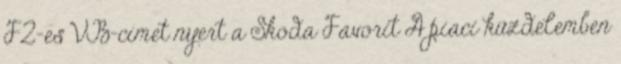
F2-es VB-címet nyert a Skoda Favorit A piaci küzdelemben